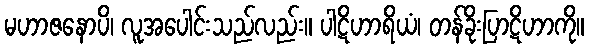
မဟာဇနောပိ၊ လူအပေါင်းသည်လည်း။ ပါဋိဟာရိယံ၊ တန်ခိုးပြာဋိဟာကို။